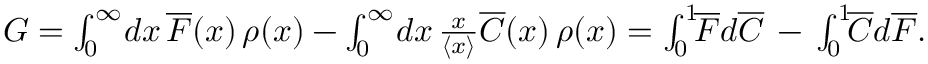
\begin{array} { r } { G = \int _ { 0 } ^ { \infty } \! d x \, \overline { { F } } ( x ) \, \rho ( x ) - \int _ { 0 } ^ { \infty } \! d x \, \frac { x } { \left\langle { x } \right\rangle } \overline { { C } } ( x ) \, \rho ( x ) = \int _ { 0 } ^ { 1 } \! \! \overline { { F } } d \overline { { C } } \, - \, \int _ { 0 } ^ { 1 } \! \! \overline { { C } } d \overline { { F } } . } \end{array}